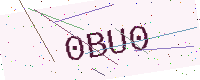
Text: 0BU0